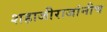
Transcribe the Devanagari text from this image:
शहाजीराजांनीच